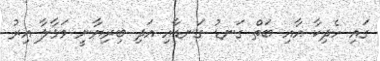
ގައި ހެދިކާ އާއި ބަތް ގަނޑު ގަނޑާއި އަދި ބިރިޔާނީ މަޅާލާ އިރު